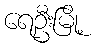
ရေဦးမြို့